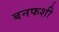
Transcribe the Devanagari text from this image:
बनफशी